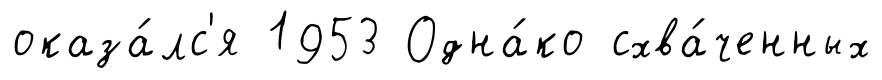
оказа́лс'я 1953 Одна́ко схва́ченных